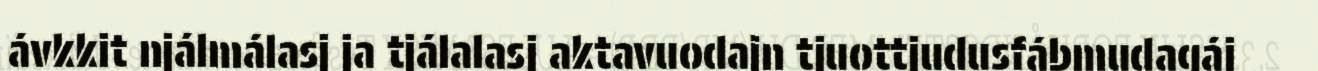
ávkkit njálmálasj ja tjálalasj aktavuodajn tjuottjudusfábmudagáj